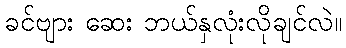
ခင်ဗျား ဆေး ဘယ်နှလုံးလိုချင်လဲ။